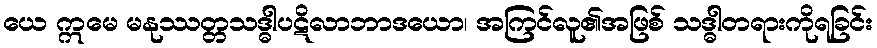
ယေ ဣမေ မနုဿတ္တသဒ္ဓါပဋိလာဘာဒယော၊ အကြင်လူ၏အဖြစ် သဒ္ဓါတရားကိုရခြင်း